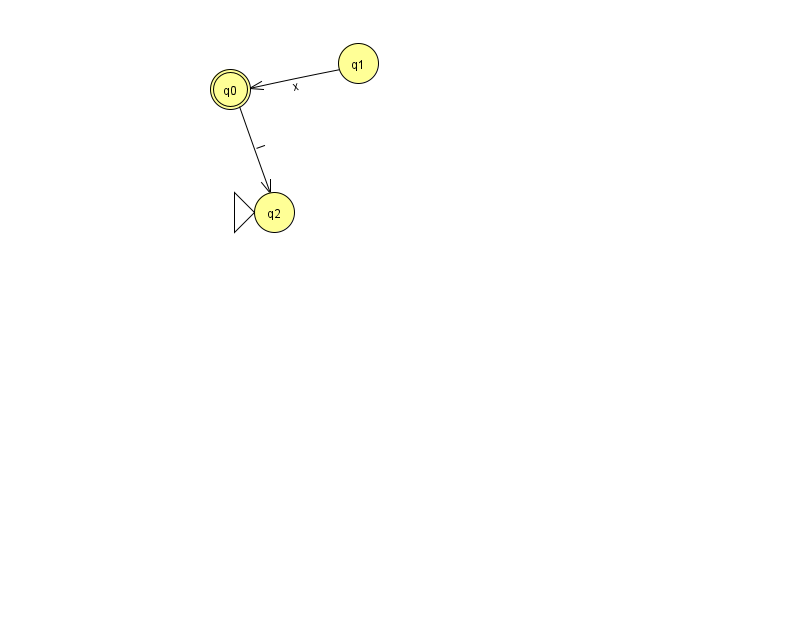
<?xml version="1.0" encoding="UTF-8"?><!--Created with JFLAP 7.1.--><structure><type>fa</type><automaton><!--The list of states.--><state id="0" name="q0"><x>230.0</x><y>76.0</y><final/></state><state id="1" name="q1"><x>358.0</x><y>50.0</y></state><state id="2" name="q2"><x>274.0</x><y>199.0</y><initial/></state><!--The list of transitions.--><transition><from>1</from><to>0</to><read>x</read></transition><transition><from>0</from><to>2</to><read>l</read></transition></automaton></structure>